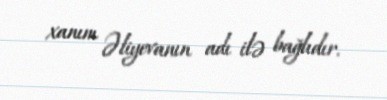
xanım Əliyevanın adı ilə bağlıdır.